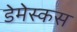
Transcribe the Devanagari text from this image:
डेमेस्कस